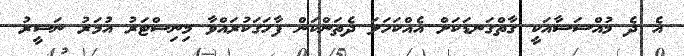
އެ ދެ މުއްސަސާއަކީ ގާތްގަނޑަކަށް އެއްކަހަލަ ދެތަންކަން ފާހަގަކުރައްވާ މިނިސްޓަރު އުމަރު ނަސީރު